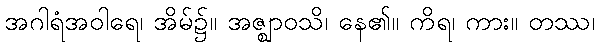
အဂါရံအဝါရေ၊ အိမ်၌။ အဇ္ဈာဝသိ၊ နေ၏။ ကိရ၊ ကား။ တဿ၊